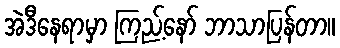
အဲဒီနေရာမှာ ကြည့်နော် ဘာသာပြန်တာ။